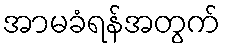
အာမခံရန်အတွက်